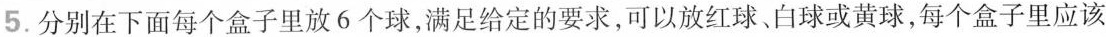
5.分别在下面每个盒子里放6个球，满足给定的要求，可以放红球白球或黄球，每个盒子里应该